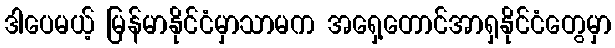
ဒါပေမယ့် မြန်မာနိုင်ငံမှာသာမက အရှေ့တောင်အာရှနိုင်ငံတွေမှာ